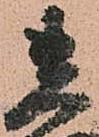
貴